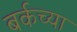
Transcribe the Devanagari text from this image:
बर्कच्या